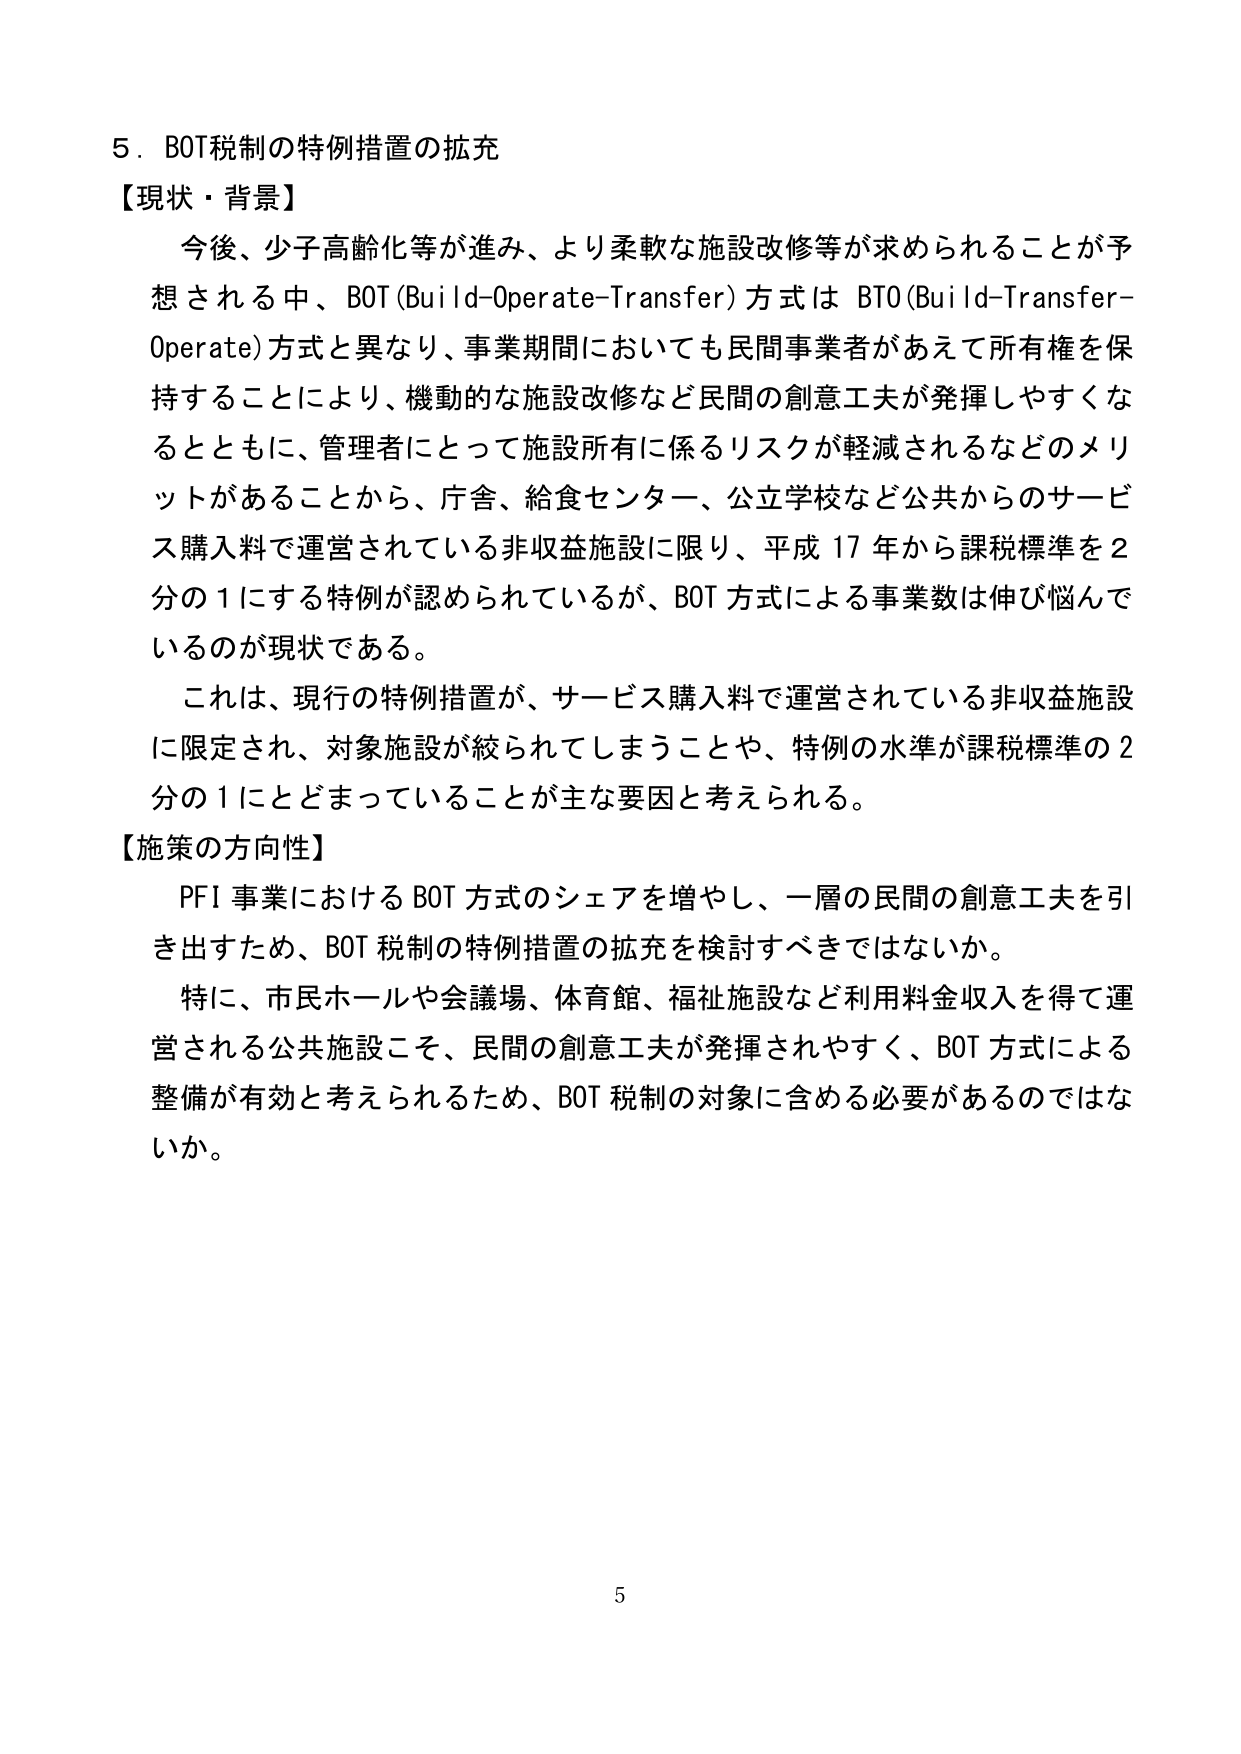
5．BOT税制の特例措置の拡充
【現状・背景】
　今後、少子高齢化等が進み、より柔軟な施設改修等が求められることが予想される中、BOT（Build-Operate-Transfer）方式は BTO（Build-Transfer-Operate）方式と異なり、事業期間においても民間事業者があえて所有権を保持することにより、機動的な施設改修など民間の創意工夫が発揮しやすくなるとともに、管理者にとって施設所有に係るリスクが軽減されるなどのメリットがあることから、庁舎、給食センター、公立学校など公共からのサービス購入料で運営されている非収益施設に限り、平成17年から課税標準を2分の1にする特例が認められているが、BOT方式による事業数は伸び悩んでいるのが現状である。
　これは、現行の特例措置が、サービス購入料で運営されている非収益施設に限定され、対象施設が絞られてしまうことや、特例の水準が課税標準の2分の1にとどまっていることが主な要因と考えられる。
【施策の方向性】
　PFI事業におけるBOT方式のシェアを増やし、一層の民間の創意工夫を引き出すため、BOT税制の特例措置の拡充を検討すべきではないか。
　特に、市民ホールや会議場、体育館、福祉施設など利用料金収入を得て運営される公共施設こそ、民間の創意工夫が発揮されやすく、BOT方式による整備が有効と考えられるため、BOT税制の対象に含める必要があるのではないか。
5